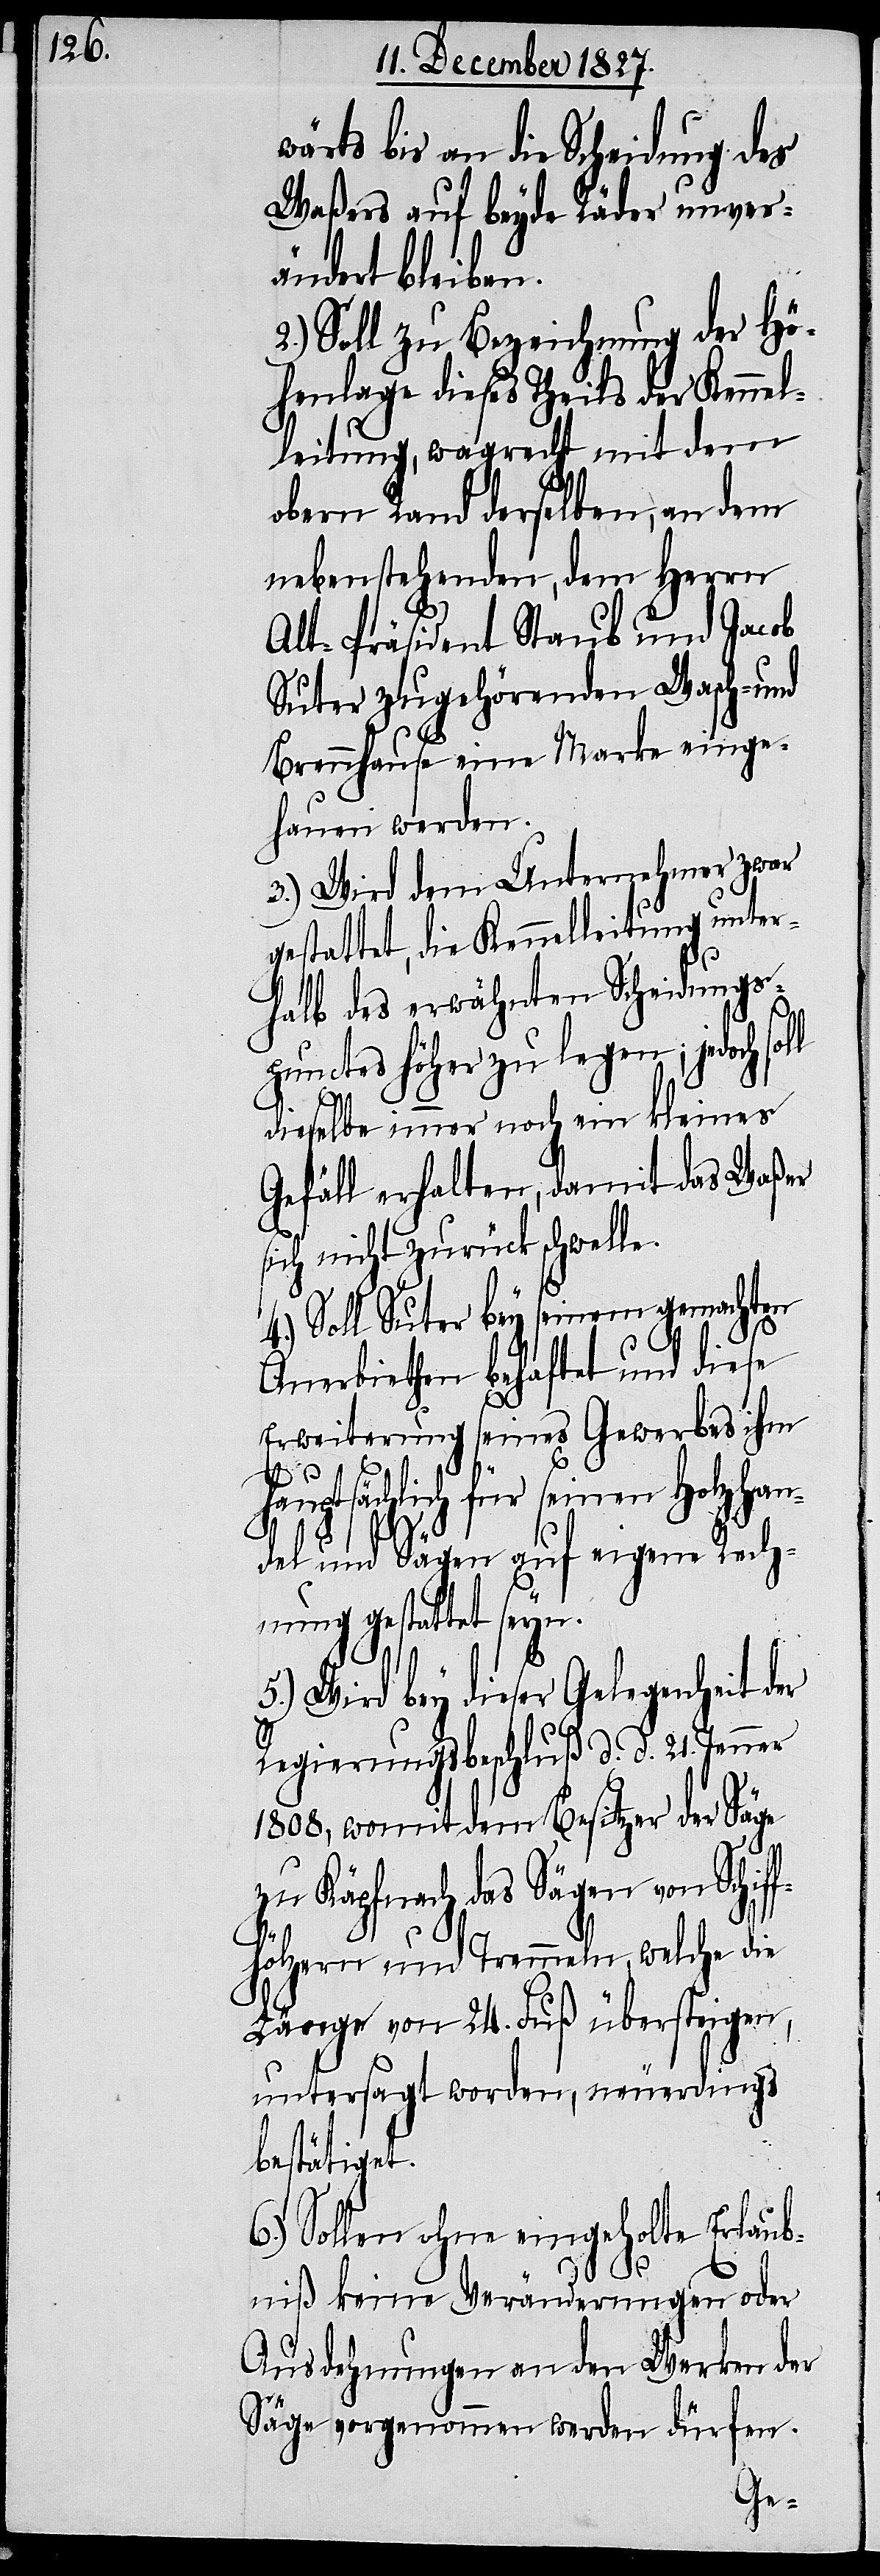
wärts bis an die Scheidung des
Waßers auf beyde Räder unver¬
ändert bleiben.
2.) Soll zu Bezeichnung der Hö¬
henlage dieses Theils der Kennel¬
leitung, wagrecht mit dem
obern Rand derselben, an dem
nebenstehenden, dem Herrn
Alt-Präsident Staub und Jacob
Suter zugehörenden Wasch- und
Brennhause eine Marke einge¬
hauen werden.
3.) Wird dem Unternehmer zwar
gestattet, die Kennelleitung unter¬
halb des erwähnten Scheidungs¬
punctes höher zu legen; jedoch
dieselbe immer noch ein kleines
Gefäll erhalten, damit das Waßer
sich nicht zurück schwelle.
4.) Soll Suter bey seinem gemachten
Anerbiethen behaftet und diese
Erweiterung seines Gewerbes ihm
hauptsächlich für seinen Holzhan¬
del und Sägen auf eigene Rech¬
nung gestattet seyn.
5.) Wird bey dieser Gelegenheit der
Regierungsbeschluß d. d. 21. Jenner
1808, womit dem Besitzer der Säge
zu Käpfnach das Sägen von Schiff¬
hölzern und Trenneln, welche die
Länge von 24. Fuß übersteigen,
untersagt worden, neuerdings
bestätigt.
6.) Sollen ohne eingeholte Erlaub¬
niß keine Veränderungen oder
Ausdehnungen an den Werken der
Säge vorgenommen werden dürfen.